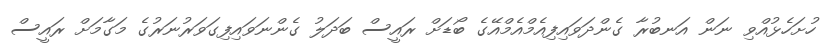
ހުށަހެޅުއްވި ނަން އަނބުރާ ގެންދަވައިފިއެމްއެމްއޭގެ ބޯޑަށް ރައީސް ބަދަލު ގެންނަވައިފިގަވަރުނަރުގެ މަގާމަށް ރައީސް